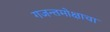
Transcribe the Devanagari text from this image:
गजन्तमोक्षाचा